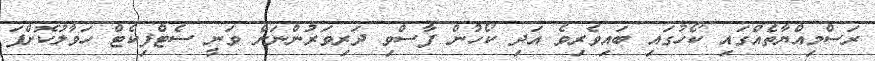
ރަސްމިއްޔާތެއްގައި ކޯހުގައި ބައިވެރިވެ އަދި ކޯހުން ފާސްވި ދަރިވަރުންނަށް ވަނީ ސެޓްފިކެޓް ހަވާލުކޮށްފަ